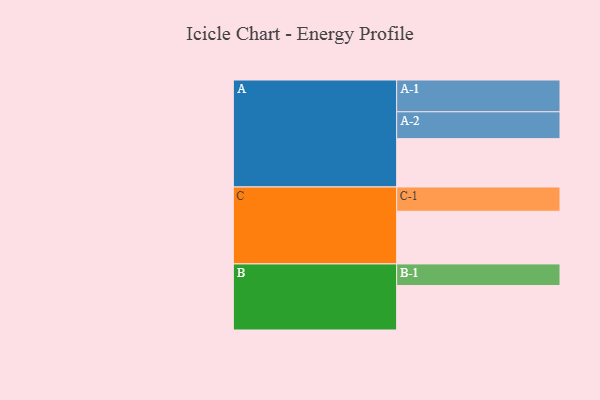
{"axis": {"x": "Segment", "y": "Value"}, "legend": ["", "A", "B", "C"], "data": [{"x": "A", "y": 444, "type": ""}, {"x": "B", "y": 409, "type": ""}, {"x": "C", "y": 484, "type": ""}, {"x": "A-1", "y": 292, "type": "A"}, {"x": "A-2", "y": 247, "type": "A"}, {"x": "B-1", "y": 198, "type": "B"}, {"x": "C-1", "y": 223, "type": "C"}]}